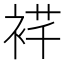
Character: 𬡙